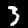
Digit: 3